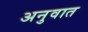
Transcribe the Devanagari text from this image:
अनुवात